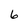
Character: 6